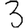
Digit: 3